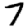
Digit: 7